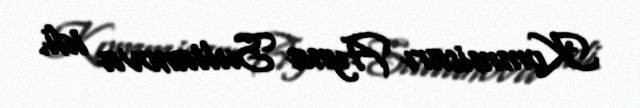
Kommisarı Ayna Sultanova idi.